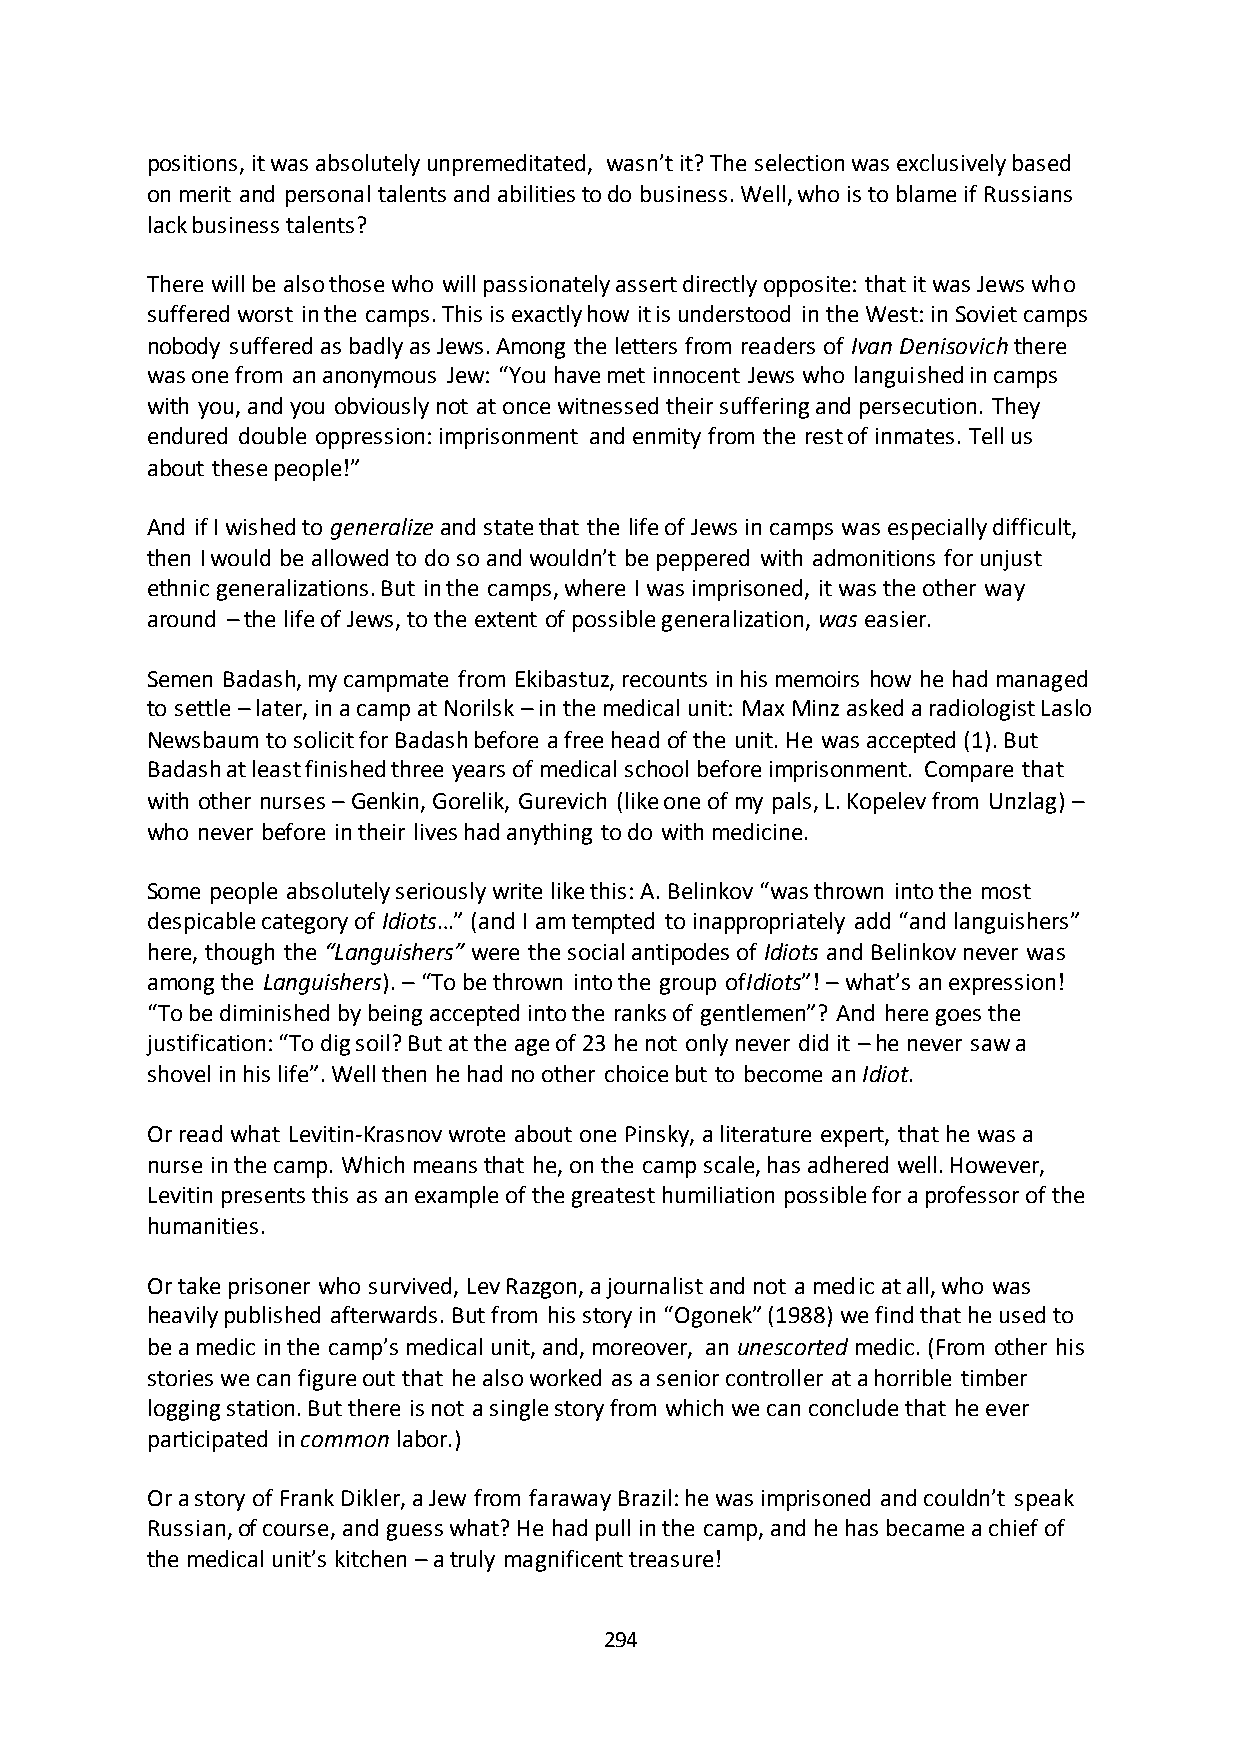
positions, it was absolutely unpremeditated, wasn’t it? The selection was exclusively based
 on merit and personal talents and abilities to do business. Well, who is to blame if Russians
 lack business talents?
 There will be also those who will passionately assert directly opposite: that it was Jews who
 suffered worst in the camps. This is exactly how it is understood in the West: in Soviet camps
 nobody suffered as badly as Jews. Among the letters from readers of Ivan Denisovich there
 was one from an anonymous Jew: “You have met innocent Jews who languished in camps
 with you, and you obviously not at once witnessed their suffering and persecution. They
 endured double oppression: imprisonment and enmity from the rest of inmates. Tell us
 about these people!”
 And if I wished to generalize and state that the life of Jews in camps was especially difficult,
 then I would be allowed to do so and wouldn’t be peppered with admonitions for unjust
 ethnic generalizations. But in the camps, where I was imprisoned, it was the other way
 around – the life of Jews, to the extent of possible generalization, was easier.
 Semen Badash, my campmate from Ekibastuz, recounts in his memoirs how he had managed
 to settle – later, in a camp at Norilsk – in the medical unit: Max Minz asked a radiologist Laslo
 Newsbaum to solicit for Badash before a free head of the unit. He was accepted (1). But
 Badash at least finished three years of medical school before imprisonment. Compare that
 with other nurses – Genkin, Gorelik, Gurevich (like one of my pals, L. Kopelev from Unzlag) –
 who never before in their lives had anything to do with medicine.
 Some people absolutely seriously write like this: A. Belinkov “was thrown into the most
 despicable category of Idiots…” (and I am tempted to inappropriately add “and languishers”
 here, though the “Languishers” were the social antipodes of Idiots and Belinkov never was
 among the Languishers). – “To be thrown into the group ofIdiots”! – what’s an expression!
 “To be diminished by being accepted into the ranks of gentlemen”? And here goes the
 justification: “To dig soil? But at the age of 23 he not only never did it – he never saw a
 shovel in his life”. Well then he had no other choice but to become an Idiot.
 Or read what Levitin-Krasnov wrote about one Pinsky, a literature expert, that he was a
 nurse in the camp. Which means that he, on the camp scale, has adhered well. However,
 Levitin presents this as an example of the greatest humiliation possible for a professor of the
 humanities.
 Or take prisoner who survived, Lev Razgon, a journalist and not a medic at all, who was
 heavily published afterwards. But from his story in “Ogonek” (1988) we find that he used to
 be a medic in the camp’s medical unit, and, moreover, an unescorted medic. (From other his
 stories we can figure out that he also worked as a senior controller at a horrible timber
 logging station. But there is not a single story from which we can conclude that he ever
 participated in common labor.)
 Or a story of Frank Dikler, a Jew from faraway Brazil: he was imprisoned and couldn’t speak
 Russian, of course, and guess what? He had pull in the camp, and he has became a chief of
 the medical unit’s kitchen – a truly magnificent treasure!
 294